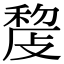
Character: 𢾨